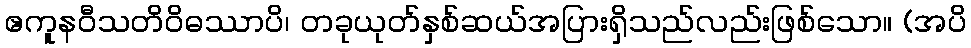
ဧကူနဝီသတိဝိဓဿာပိ၊ တခုယုတ်နှစ်ဆယ်အပြားရှိသည်လည်းဖြစ်သော။ (အပိ